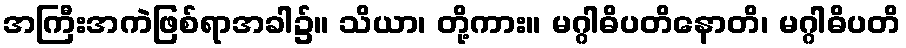
အကြီးအကဲဖြစ်ရာအခါ၌။ သိယာ၊ တို့ကား။ မဂ္ဂါဓိပတိနောတိ၊ မဂ္ဂါဓိပတိ